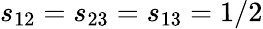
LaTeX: s_{12}=s_{23}=s_{13}=1/2